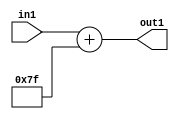
`timescale 1ps / 1ps
/*****************************************************************************
    Verilog RTL Description
    
    
    Created by: Stratus DpOpt 2019.1.01 
*******************************************************************************/

module DC_Filter_Add_12U_242_1 (
	in1,
	out1
	); /* architecture "behavioural" */ 
input [11:0] in1;
output [11:0] out1;
wire [11:0] asc001;

assign asc001 = 
	+(in1)
	+(12'B000001111111);

assign out1 = asc001;
endmodule

/* CADENCE  urnwTAk= : u9/ySgnWtBlWxVPRXgAZ4Og= ** DO NOT EDIT THIS LINE ******/